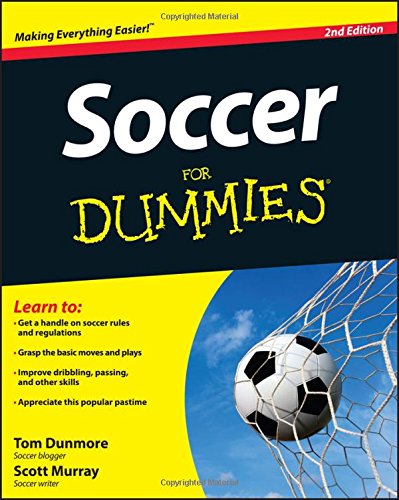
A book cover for Soccer For Dummies; Tom Dunmore; Sports & Outdoors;